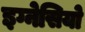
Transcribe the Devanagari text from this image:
इग्नेसियो